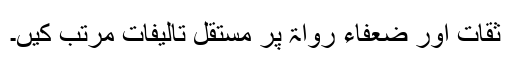
ثقات اور ضعفاء رواۃ پر مستقل تالیفات مرتب کیں­۔